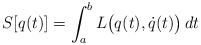
\begin{align*}S[q(t)] = \int_{a}^{b} L\big(q(t),\dot q(t)\big)\,dt\end{align*}